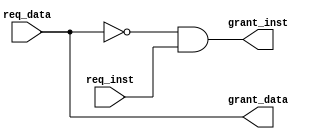
`timescale 1ns / 1ps
//////////////////////////////////////////////////////////////////////////////////
// Company: 
// Engineer: 
// 
// Design Name: 
// Module Name: Memory_Arbiter
// Project Name: 
// Target Devices: 
// Tool Versions: 
// Description: 
// 
// Dependencies: 
// 
// Revision:
// Revision 0.01 - File Created
// Additional Comments:
// 
//////////////////////////////////////////////////////////////////////////////////


module Memory_Arbiter(
        req_data,
        req_inst,
        grant_data,
        grant_inst
    );
    
    input req_data, req_inst;
    output grant_data, grant_inst;
    
    assign grant_data = req_data;
    assign grant_inst = ~req_data && req_inst;
         
endmodule